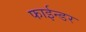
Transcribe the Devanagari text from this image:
फाईन्डर